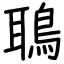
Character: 鵈